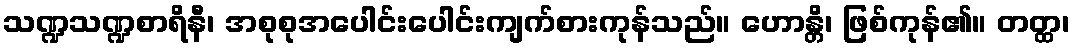
သဏ္ဍသဏ္ဍစာရိနီ၊ အစုစုအပေါင်းပေါင်းကျက်စားကုန်သည်။ ဟောန္တိ၊ ဖြစ်ကုန်၏။ တတ္ထ၊